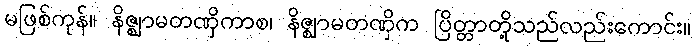
မဖြစ်ကုန်။ နိဇ္ဈာမတဏှိကာစ၊ နိဇ္ဈာမတဏှိက ပြိတ္တာတို့သည်လည်းကောင်း။